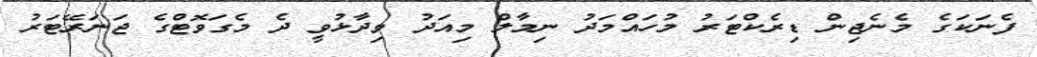
ފެނަކަގެ މެނެޖިން ޑިރެކްޓަރު މުހައްމަދު ނިމާލް މިއަދު ވިދާޅުވީ ދެ މެގަވޮޓްގެ ޖަނަރޭޓަރު